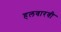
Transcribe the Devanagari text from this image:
हलवारवी